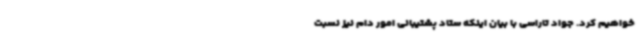
خواهیم کرد. جواد تاراسی با بیان اینکه ستاد پشتیبانی امور دام نیز نسبت